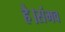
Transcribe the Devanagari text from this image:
है।संभव